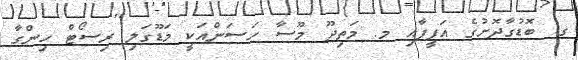
ގ. ބޮޑުގާދޮށުގެ އަފީފާއި މ. މަތިދޫ މޫސާ ހަސަންއަކީ މަޑޫގަލި ރިސޯޓް ހިންގާ